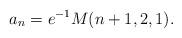
LaTeX: \begin{align*}a_n = e^{-1}M(n+1,2,1).\end{align*}